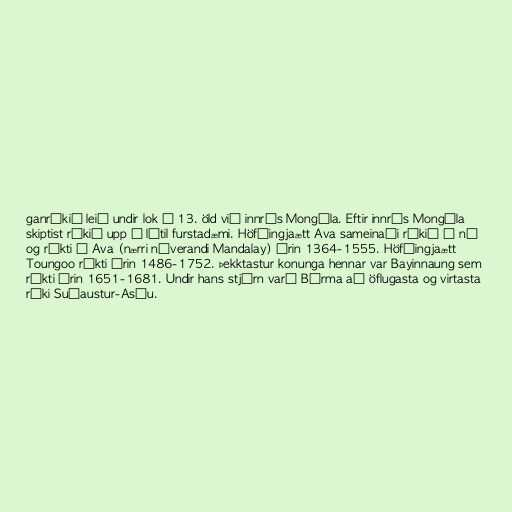
ganríkið leið undir lok á 13. öld við innrás Mongóla. Eftir innrás Mongóla
skiptist ríkið upp í lítil furstadæmi. Höfðingjaætt Ava sameinaði ríkið á ný
og ríkti í Ava (nærri núverandi Mandalay) árin 1364-1555. Höfðingjaætt
Toungoo ríkti árin 1486-1752. Þekktastur konunga hennar var Bayinnaung sem
ríkti árin 1651-1681. Undir hans stjórn varð Búrma að öflugasta og virtasta
ríki Suðaustur-Asíu.